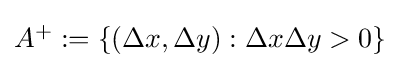
{\textstyle A^{+}:=\{(\Delta x,\Delta y):\Delta x\Delta y>0\}}